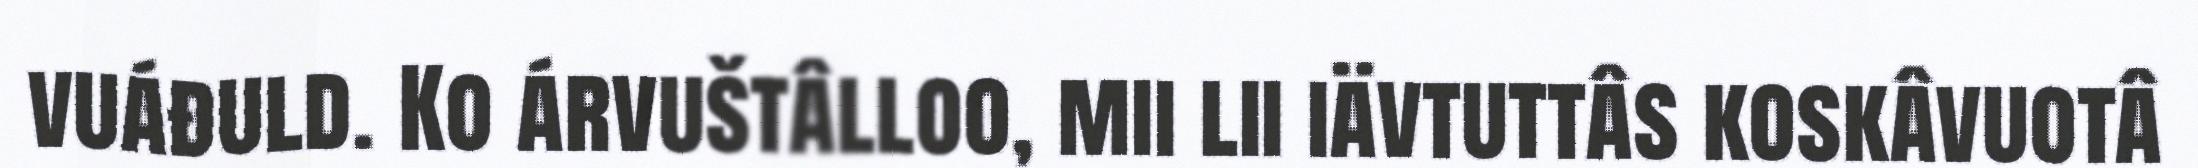
vuáđuld. Ko árvuštâlloo, mii lii iävtuttâs koskâvuotâ